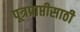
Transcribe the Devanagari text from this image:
पूत्रप्राप्तीसाठी